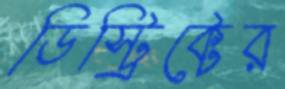
ডিস্ট্রিক্টের